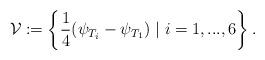
LaTeX: \begin{align*}\mathcal{V}:=\left\{ \frac{1}{4}(\psi_{T_{i}}-\psi_{T_{1}})\mid i=1,...,6\right\} .\end{align*}